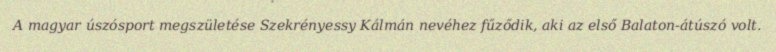
A magyar úszósport megszületése Szekrényessy Kálmán nevéhez fűződik, aki az első Balaton-átúszó volt.